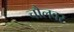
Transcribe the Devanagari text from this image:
चौलवर